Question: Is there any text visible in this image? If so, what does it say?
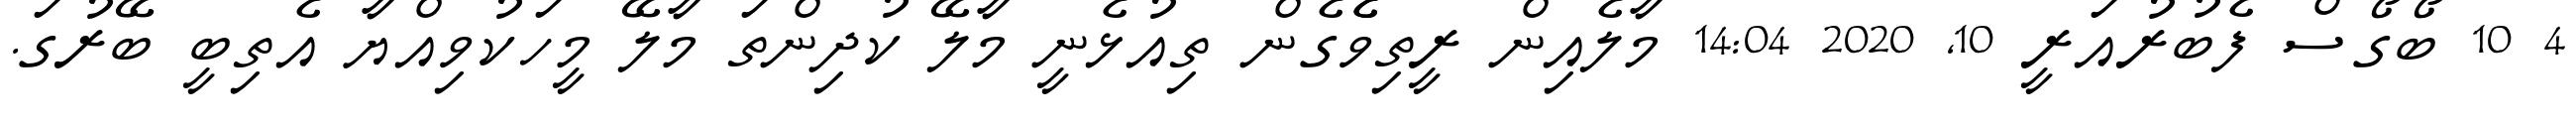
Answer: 4 10 ބޯގޯސް ފެބުރުއަރީ 10, 2020 14:04 މާލެއިން ރީތިވެެގެން ތިއުޅެނީ މާލޭ ކުދިންތަ މާލޭ މީހަކުވިއްޔާ އެތިބީ ބޭރުގަ.